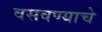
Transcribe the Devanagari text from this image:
वसवण्याचे